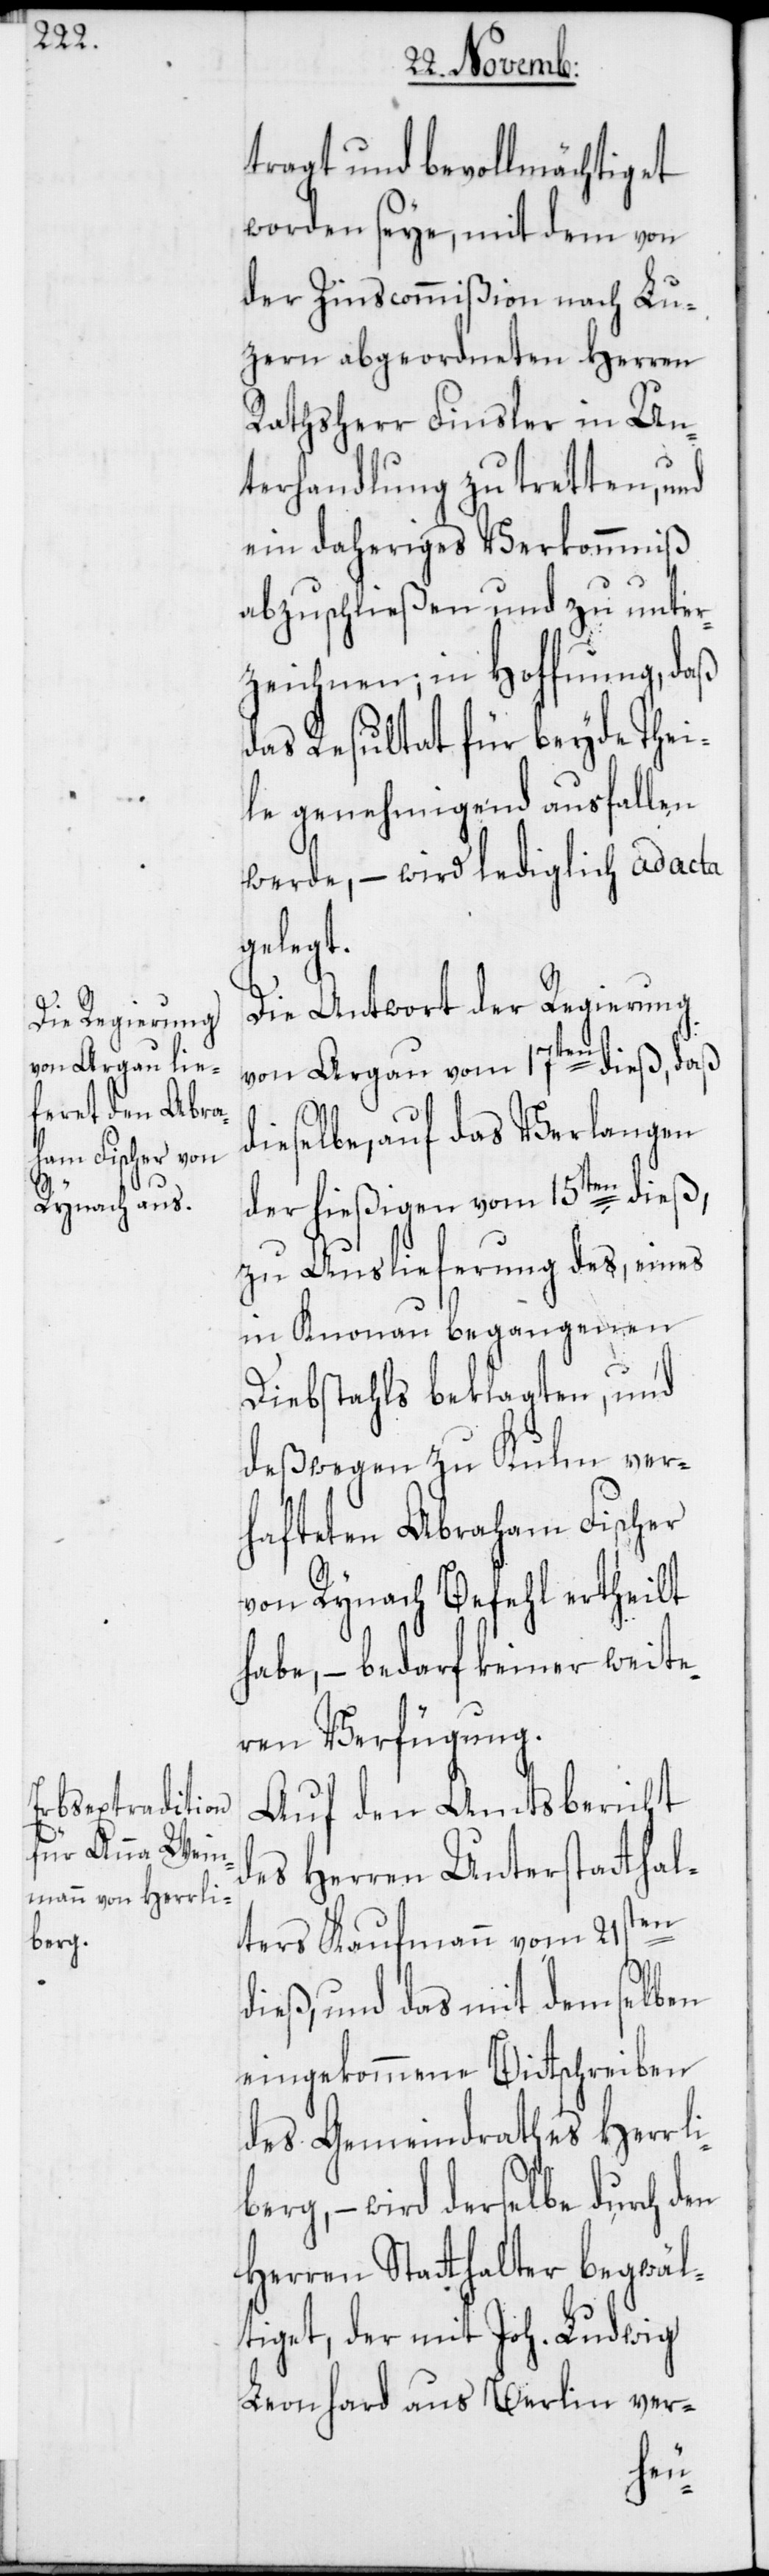
tragt und bevollmächtiget
worden seye, mit dem von
der Zinscommißion nach Lu¬
zern abgeordneten Herren
Rathsherr Finsler in Un¬
terhandlung zu tretten, und
ein daheriges Verkommniß
abzuschließen und zu unter¬
zeichnen; in Hoffnung, daß
das Resultat für beyde Thei¬
le genehmigend ausfallen
werde, – wird lediglich ad acta
gelegt.
Die Antwort der Regierung
von Argau vom 17ten dieß, daß
dieselbe, auf das Verlangen
der hießigen vom 15ten dieß,
zu Auslieferung des, eines
in Knonau begangenen
Diebstahls beklagten, und
deßwegen zu Kulm ver¬
hafteten Abraham Fischer
von Rynach Befehl ertheilt
habe, – bedarf keiner weite¬
ren Verfügung.
Auf den Amtsbericht
des Herren Unterstatthal¬
ters Kaufmann vom 21sten
dieß, und das mit demselben
eingekommene Bittschreiben
des Gemeindrathes Herrli¬
berg, – wird derselbe durch den
Herren Statthalter begwäl¬
tiget, der mit Joh. Ludwig
Leonhard aus Berlin ver-